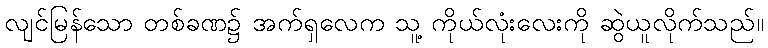
လျင်မြန်သော တစ်ခဏ၌ အက်ရှလေက သူ့ ကိုယ်လုံးလေးကို ဆွဲယူလိုက်သည်။